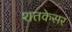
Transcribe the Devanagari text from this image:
शतकेसर